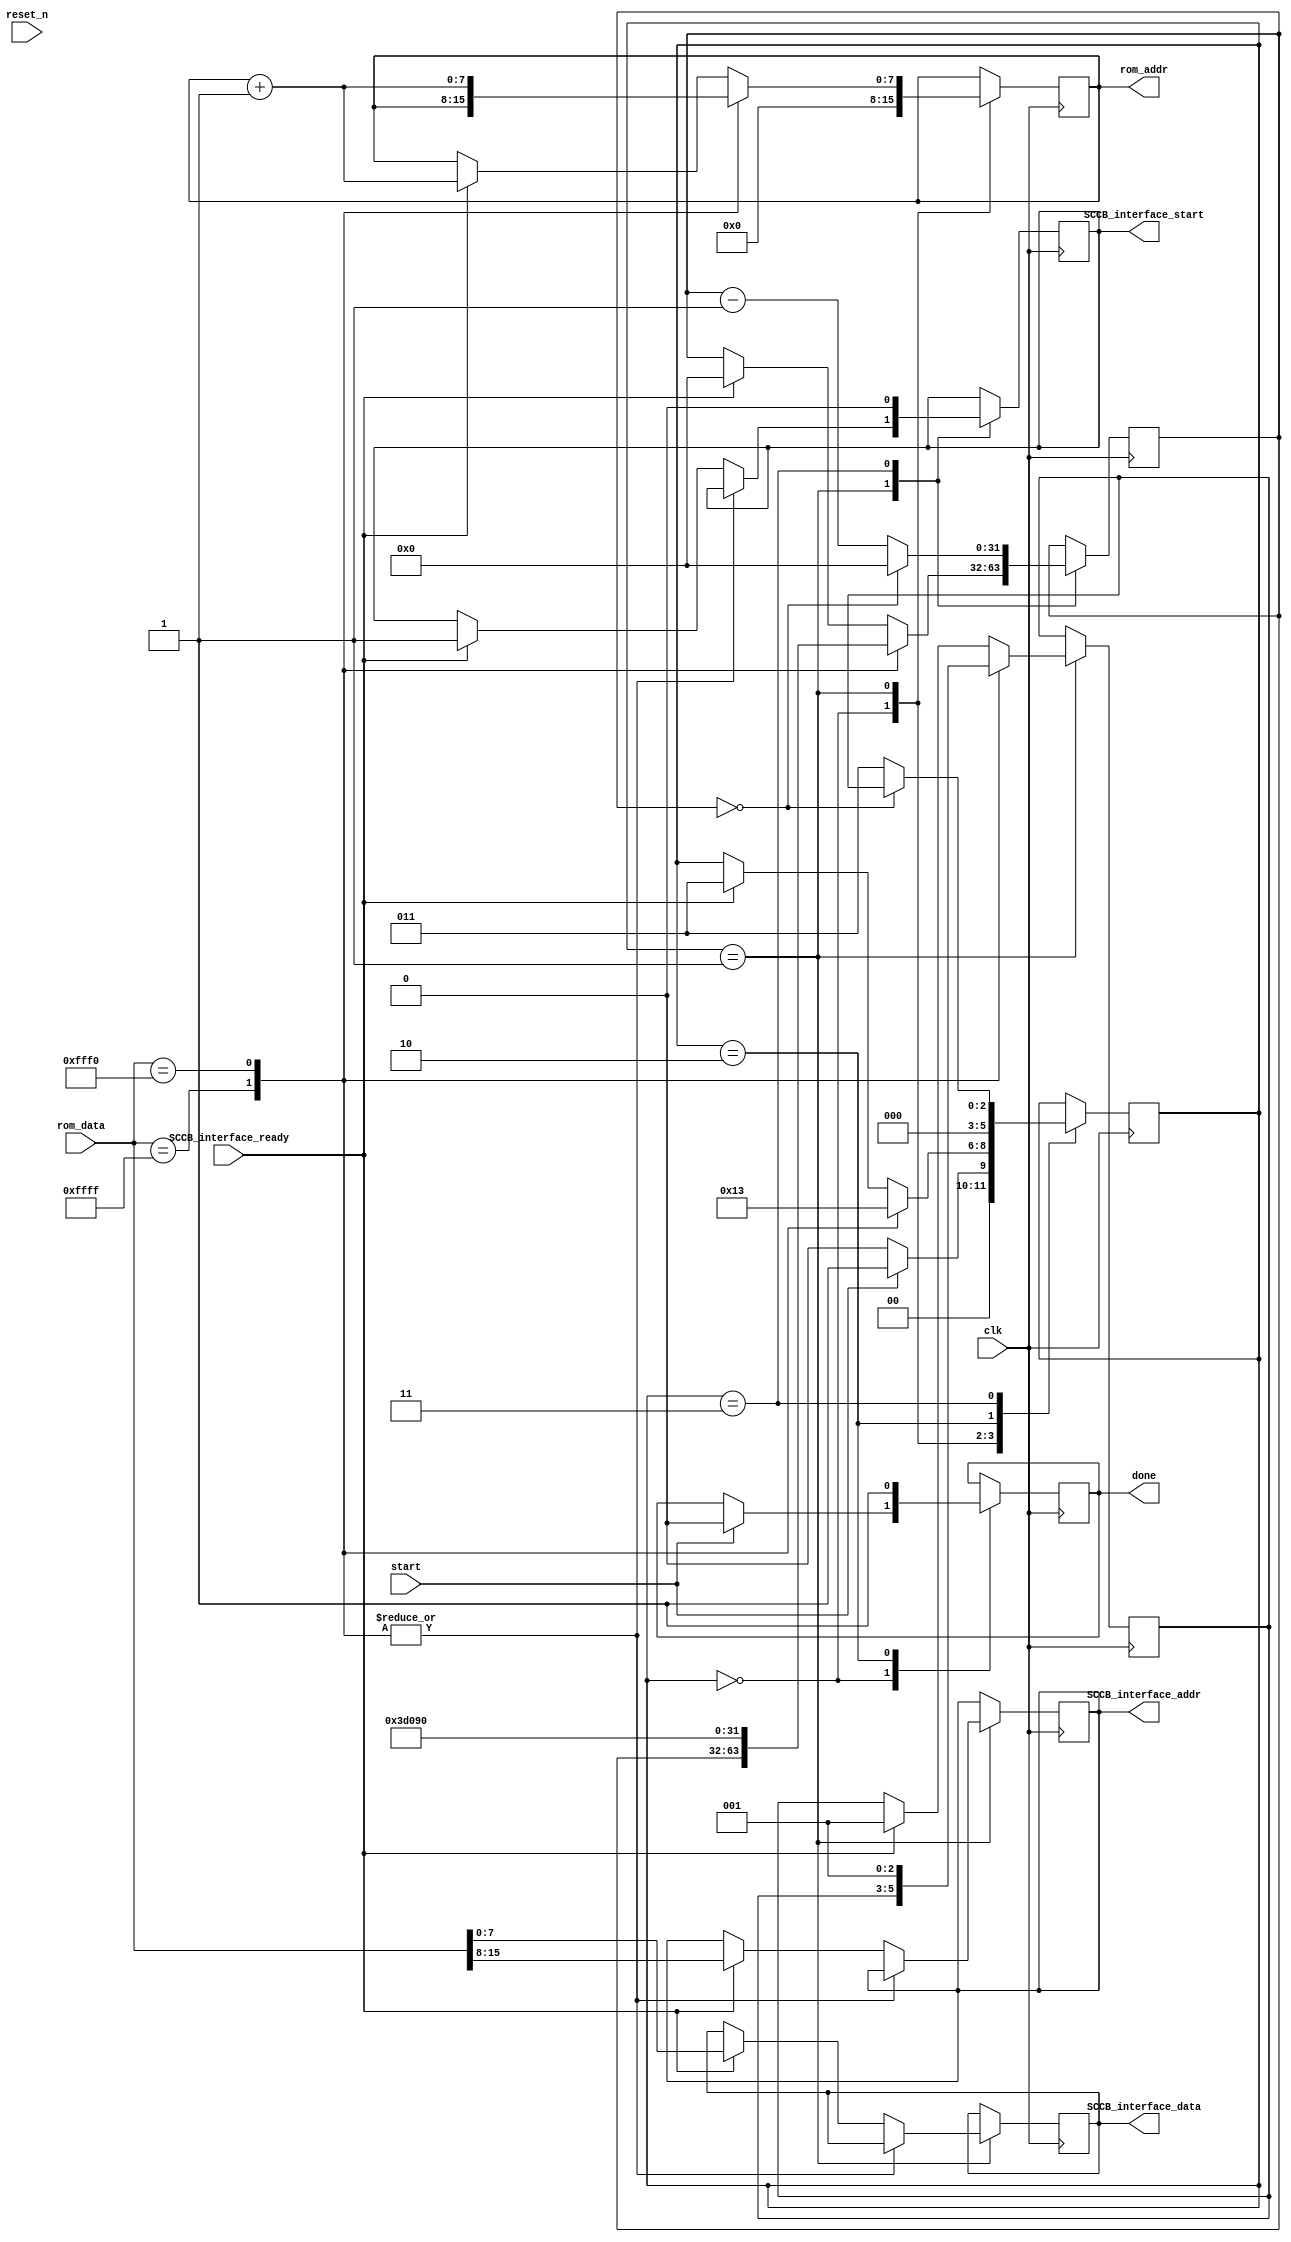
`timescale 1ns / 1ps
//////////////////////////////////////////////////////////////////////////////////
// Company: 
// Engineer: 
// 
// Design Name: 
// Module Name: OV7670_Config_25k
// Project Name: 
// Target Devices: 
// Tool Versions: 
// Description: 
// 
// Dependencies: 
// 
// Revision:
// Revision 0.01 - File Created
// Additional Comments:
// 
//////////////////////////////////////////////////////////////////////////////////


module OV7670_Config_25k
#(
    parameter CLK_FREQ = 25_000_000
)
(
    input wire clk,
    input wire reset_n,
    input wire SCCB_interface_ready,
    input wire [15:0] rom_data,
    input wire start,
    output reg [7:0] rom_addr,
    output reg done,
    output reg [7:0] SCCB_interface_addr,
    output reg [7:0] SCCB_interface_data,
    output reg SCCB_interface_start
    );
    
    initial begin
        rom_addr = 0;
        done = 0;
        SCCB_interface_addr = 0;
        SCCB_interface_data = 0;
        SCCB_interface_start = 0;
    end
    
    localparam FSM_IDLE = 0;
    localparam FSM_SEND_CMD = 1;
    localparam FSM_DONE = 2;
    localparam FSM_TIMER = 3;
    
    reg [2:0] FSM_state = FSM_IDLE;
    reg [2:0] FSM_return_state;
    reg [31:0] timer = 0; 
    
    always@(posedge clk /*or negedge reset_n**/) begin
       /* if (!reset_n) begin
		FSM_state<=FSM_IDLE;
	    end
	    else begin*/
        case(FSM_state)
            
            FSM_IDLE: begin 
                FSM_state <= start ? FSM_SEND_CMD : FSM_IDLE;
                rom_addr <= 0;
                done <= start ? 0 : done;
            end
            
            FSM_SEND_CMD: begin 
                case(rom_data)
                    16'hFFFF: begin //end of ROM
                        FSM_state <= FSM_DONE;
                    end
                    
                    16'hFFF0: begin //delay state 
                        timer <= (CLK_FREQ/100); //10 ms delay
                        FSM_state <= FSM_TIMER;
                        FSM_return_state <= FSM_SEND_CMD;
                        rom_addr <= rom_addr + 1;
                    end
                    
                    default: begin //normal rom commands
                        if (SCCB_interface_ready) begin
                            FSM_state <= FSM_TIMER;
                            FSM_return_state <= FSM_SEND_CMD;
                            timer <= 0; //one cycle delay gives ready chance to deassert
                            rom_addr <= rom_addr + 1;
                            SCCB_interface_addr <= rom_data[15:8];
                            SCCB_interface_data <= rom_data[7:0];
                            SCCB_interface_start <= 1;
                        end
                    end
                endcase
            end
                        
            FSM_DONE: begin //signal done 
                FSM_state <= FSM_IDLE;
                done <= 1;
            end
                           
                
            FSM_TIMER: begin //count down and jump to next state
                FSM_state <= (timer == 0) ? FSM_return_state : FSM_TIMER;
                timer <= (timer==0) ? 0 : timer - 1;
                SCCB_interface_start <= 0;
            end
        endcase
        end
   // end
endmodule